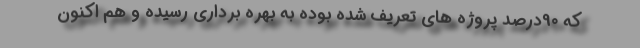
که 90درصد پروژه های تعریف شده بوده به بهره برداری رسیده و هم اکنون